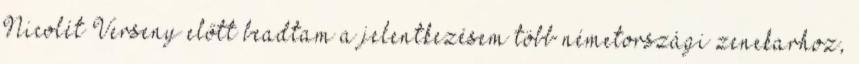
Nicolét Verseny előtt beadtam a jelentkezésem több németországi zenekarhoz,